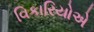
વિકારિયોએ